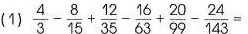
（1）$$\frac { 4 } { 3 } - \frac { 8 } { 1 5 } + \frac { 1 2 } { 3 5 } - \frac { 1 6 } { 6 3 } + \frac { 2 0 } { 9 9 } - \frac { 2 4 } { 1 4 3 } =$$